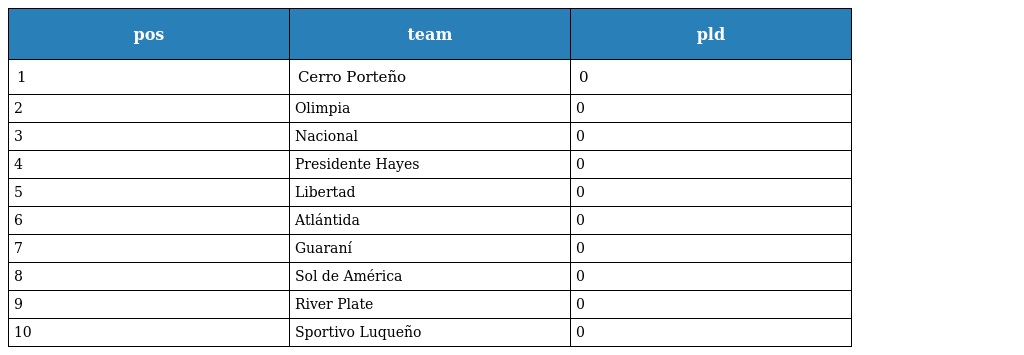
| pos | team | pld |
 | --- | --- | --- |
 | 1 | Cerro Porteño | 0 |
 | 2 | Olimpia | 0 |
 | 3 | Nacional | 0 |
 | 4 | Presidente Hayes | 0 |
 | 5 | Libertad | 0 |
 | 6 | Atlántida | 0 |
 | 7 | Guaraní | 0 |
 | 8 | Sol de América | 0 |
 | 9 | River Plate | 0 |
 | 10 | Sportivo Luqueño | 0 |